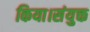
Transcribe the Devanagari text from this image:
किया।संयुक्त